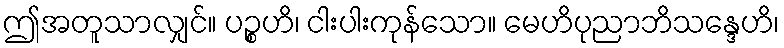
ဤအတူသာလျှင်။ ပဉ္စဟိ၊ ငါးပါးကုန်သော။ မေဟိပုညာဘိသန္ဒေဟိ၊